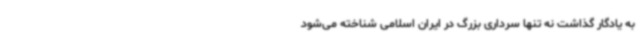
به یادگار گذاشت نه تنها سرداری بزرگ در ایران اسلامی شناخته می‌شود